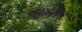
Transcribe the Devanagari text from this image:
अप्रबंधनीय